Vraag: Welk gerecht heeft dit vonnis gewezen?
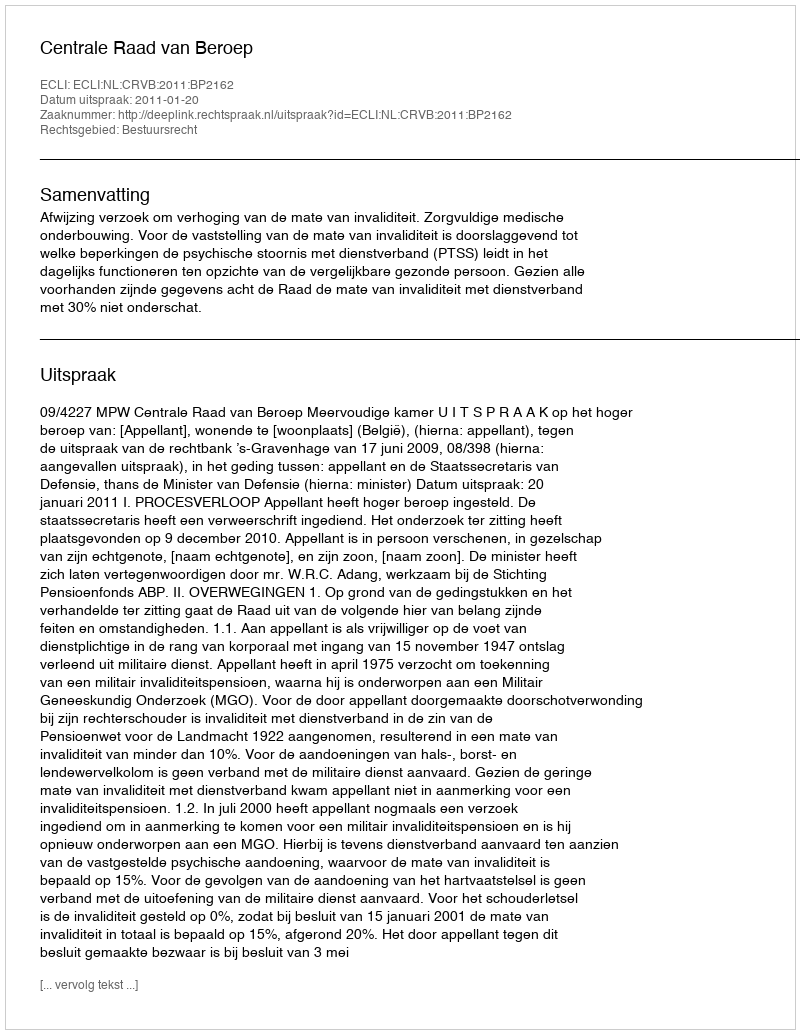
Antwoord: Centrale Raad van Beroep